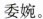
委婉。